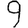
Digit: 9